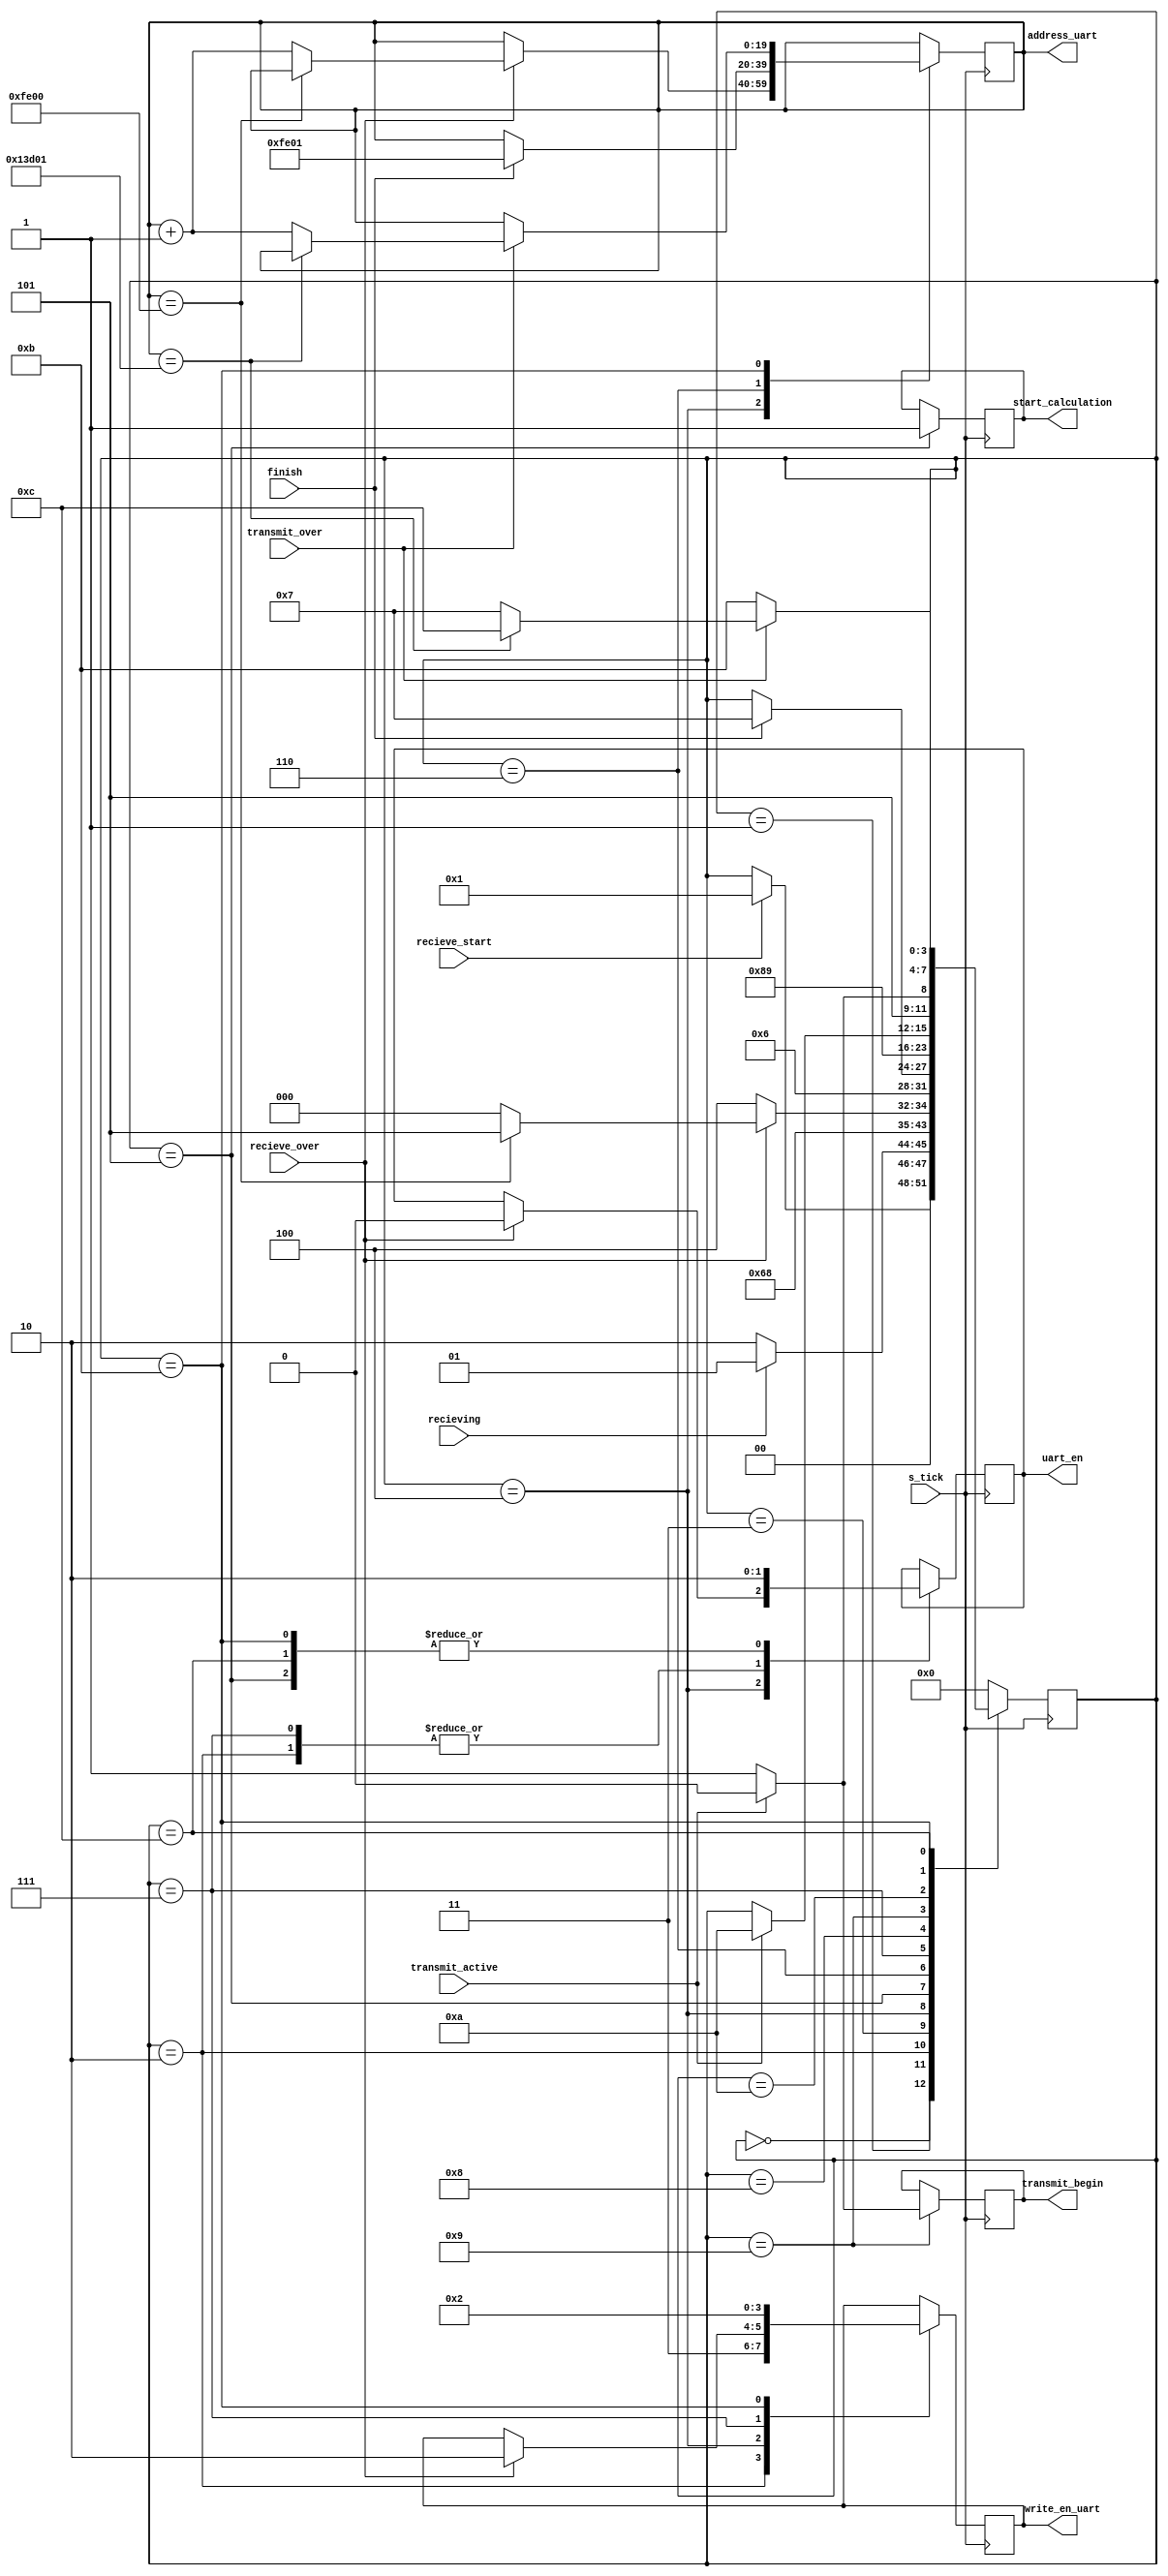
module address_uart_generator(s_tick,address_uart,recieving,recieve_over,recieve_start,transmit_begin,transmit_active,transmit_over,finish,write_en_uart,start_calculation,uart_en);
	input s_tick;
	output reg [19:0] address_uart =20'd0;
	input recieving,recieve_over,recieve_start;
	output reg transmit_begin =1'b0;
	input transmit_active,transmit_over;
	input finish;
	output reg [1:0] write_en_uart;
	output reg start_calculation=1'b0;
	output reg uart_en =1'b0;
	
	reg[3:0] state;
	
	parameter idle_rx=4'd0,data_bits=4'd1, write_state=4'd2 , write_idle=4'd3, cal_address_uart=4'd4, over_rx=4'd5;
	parameter idle1_tx=4'd6,idle2_tx=4'd7, read_state=4'd8 ,transmit_start=4'd9,transmitting=4'd10,calc_tx_address_uart=4'd11,over_tx =4'd12;
	
	parameter write=2'b11, read=2'b00, h_imp = 2'd10;
	
	parameter end_of_original_image=20'd65024 , begining_of_sampled_image= 20'd65025, end_of_sampled_image = 20'd81153;
	
	
	
	always@(posedge s_tick)
		begin
			case(state)
				idle_rx:
					begin
						if(recieve_start)
							state=data_bits;
					end
				data_bits:
					begin
						if(recieving==1'b0)
							state=write_state;
						else
							state=data_bits;
					end
				write_state:
					begin
						write_en_uart=write;
						uart_en =1'b1;
						state=write_idle;
					end
				write_idle:
					state=cal_address_uart;
				cal_address_uart:
					begin
						if(recieve_over)
							begin
								write_en_uart= h_imp;
								uart_en =1'b0;
								if(address_uart==end_of_original_image)// end of the image address
									begin
										//rx_check=8'd100;
										state=over_rx;
									end
								else
									begin
										address_uart=address_uart+1'b1;
										state=idle_rx;
									end
							end
						else
							state= cal_address_uart;
					end
				over_rx:
					begin
						start_calculation=1'b1;
						uart_en =1'b0;//0
						state=idle1_tx;
					end
				idle1_tx:
					begin
						if(finish)  
							begin// finish ctr signal is from state machine
								address_uart=begining_of_sampled_image; // begining of the new down sampled image memory location
								state=idle2_tx;
								//rx_check=8'd255;
							end
					end
				idle2_tx:
					begin
						state= read_state;
						write_en_uart=read;
						uart_en =1'b1;
						//rx_check=8'd25;
					end
				read_state:
					begin
						state= transmit_start;
						//rx_check=8'd28;
					end
				transmit_start:
					begin
						transmit_begin=1'b1;
						if(transmit_active)
							begin
								transmit_begin=1'b0;
								state= transmitting;
							end
					end
				transmitting:
					begin
						if(transmit_active==1'b0)
							state=calc_tx_address_uart;
						else
							state=transmitting;
					end				
				calc_tx_address_uart:
					begin
						write_en_uart=h_imp;
						uart_en =1'b0;
						if(transmit_over)
							begin
								if(address_uart==end_of_sampled_image)// end of the new down sampled image memory location
									begin
										state=over_tx;
									end
								else
									begin
										state=idle2_tx;
										address_uart=address_uart+1'b1;
									end
							end
						else
							state=calc_tx_address_uart;
					end
				over_tx:
					begin
						uart_en =1'b0;
					end
				default:
					state=idle_rx;
			endcase
	end
	
endmodule